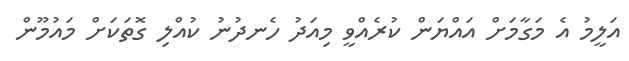
އަލީމު އެ މަގާމަށް އައްޔަން ކުރެއްވީ މިއަދު ހެނދުނު ކުއްލި ގޮތަކަށް މައުމޫން